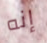
إنه